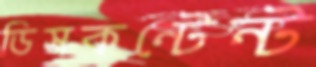
ডিসকন্টেন্ট